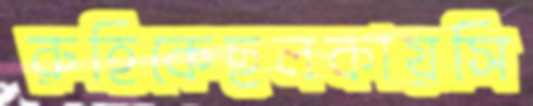
রুহিকেছলকায়সি